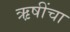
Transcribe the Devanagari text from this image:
ऋ़षींचा